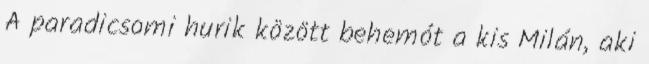
A paradicsomi hurik között behemót a kis Milán, aki